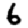
Digit: 6